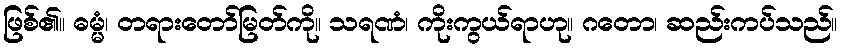
ဖြစ်၏။ ဓမ္မံ၊ တရားတော်မြတ်ကို။ သရဏံ၊ ကိုးကွယ်ရာဟု။ ဂတော၊ ဆည်းကပ်သည်။